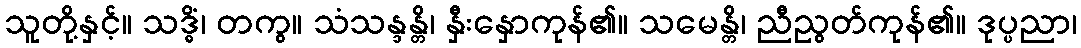
သူတို့နှင့်။ သဒ္ဓိံ၊ တကွ။ သံသန္ဒန္တိ၊ နှီးနှောကုန်၏။ သမေန္တိ၊ ညီညွတ်ကုန်၏။ ဒုပ္ပညာ၊